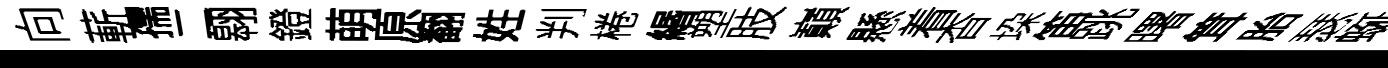
向蔪孺二翱鐙萌原翻姓判棬緡塑肢巔懸着杳垜笛跳曙䇯胎瑟蜒